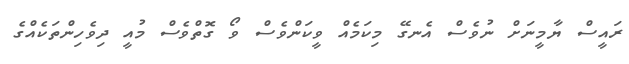
ރައީސް ޔާމީނަށް ނުވެސް އެނގޭ މިކަމެއް ވީކަންވެސް ވޯ ގޮތްވެސް މުއީ ދިވެހިންތަކެއްގެ